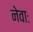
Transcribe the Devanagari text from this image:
नेवाः